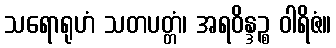
သရောရုဟံ သတပတ္တံ၊ အရဝိန္ဒဉ္စ ဝါရိဇံ။